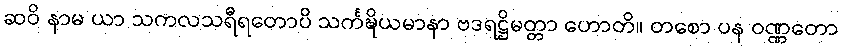
ဆဝိ နာမ ယာ သကလသရီရတောပိ သင်္ကဍ္ဎိယမာနာ ဗဒရဋ္ဌိမတ္တာ ဟောတိ။ တစော ပန ဝဏ္ဏတော